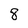
Character: 8